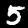
Label: 5